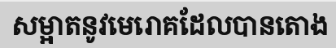
សម្អាតនូវមេរោគដែលបានតោង